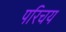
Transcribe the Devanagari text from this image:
परिचय